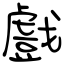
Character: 戲